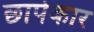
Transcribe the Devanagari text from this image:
छापेकार